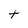
Character: t